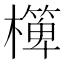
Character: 𣝁